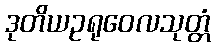
ဒုတိယဥရုဝေလသုတ္တံ